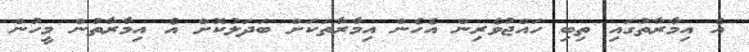
އެ އިމާރާތުގައި ތިބި ހައްޖުވެރިން އެހެން އިމާރާތަކަށް ބަދަލުކޮށް އެ އިމާރާތުން މީހުން